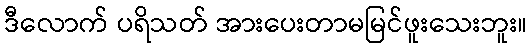
ဒီလောက် ပရိသတ် အားပေးတာမမြင်ဖူးသေးဘူး။